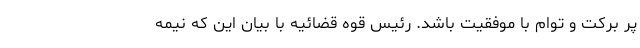
پر برکت و توام با موفقیت باشد. رئیس قوه قضائیه با بیان این که نیمه